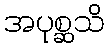
အပုစ္ဆသိ